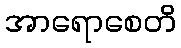
အာရောစေတိ